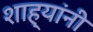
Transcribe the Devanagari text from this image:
शाह्यांनी